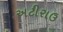
અટીરાઉ